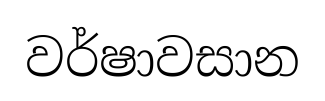
වර්ෂාවසාන